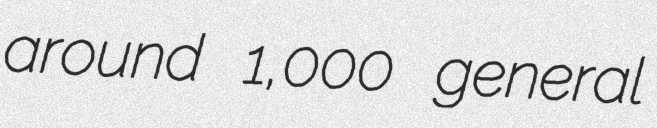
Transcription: around 1,000 general